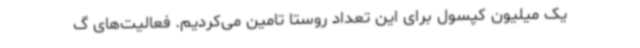
یک میلیون کپسول برای این تعداد روستا تامین می‌کردیم. فعالیت‌های گ